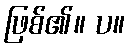
ဖြစ်၏။ ပ။